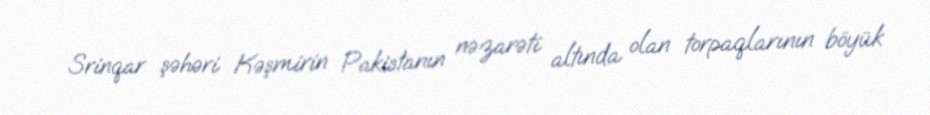
Srinqar şəhəri Kəşmirin Pakistanın nəzarəti altında olan torpaqlarının böyük